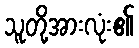
သူတို့အားလုံး၏